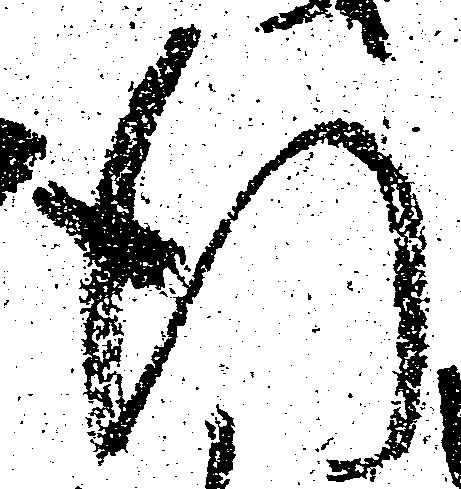
行